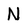
Character: N